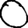
Digit: 0